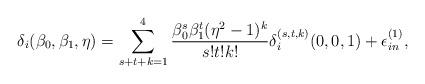
LaTeX: \begin{align*}\delta_i(\beta_0, \beta_1,\eta)=\sum_{s+t+k=1}^{4}\frac{\beta_0^s\beta_1^t(\eta^2-1)^k}{s!t!k!}\delta^{(s,t,k)}_i (0,0,1)+\epsilon_{in}^{(1)},\end{align*}